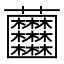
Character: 𧆘